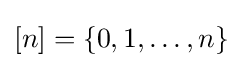
[n]=\{0,1,\dots ,n\}